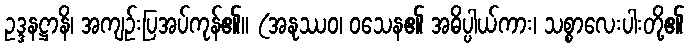
ဥဒ္ဒနဋ္ဌာနိ၊ အကျဉ်းပြအပ်ကုန်၏။ (အနုဿဝ၊ ဝသေန၏ အဓိပ္ပါယ်ကား၊ သစ္စာလေးပါးတို့၏